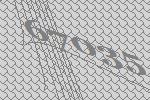
67035